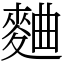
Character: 麯